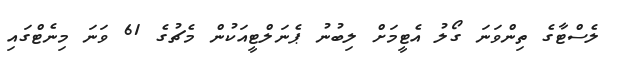
ލެސްޓާގެ ތިންވަނަ ގޯލު އެޓީމަށް ލިބުނު ޕެނަލްޓީއަކުން މެޗުގެ 61 ވަނަ މިނެޓްގައި